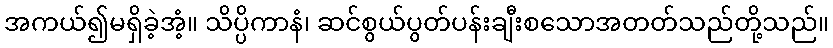
အကယ်၍မရှိခဲ့အံ့။ သိပ္ပိကာနံ၊ ဆင်စွယ်ပွတ်ပန်းချီးစသောအတတ်သည်တို့သည်။